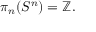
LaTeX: \pi _ { n } ( S ^ { n } ) = \mathbb { Z } .